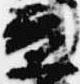
京